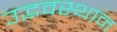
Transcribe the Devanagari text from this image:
उद्भवस्थान